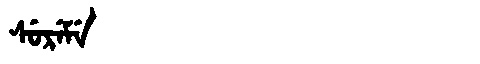
Manchu: ᠰᡠᡵᡝᠮᡝ
Romanization: SUREME